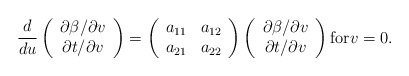
\begin{align*} \frac{d}{du}\left(\begin{array}{c} \partial\beta/\partial v\\ \partial t/\partial v \end{array}\right)=\left(\begin{array}{cc} a_{11} & a_{12}\\ a_{21} & a_{22}\end{array}\right)\left(\begin{array}{c} \partial\beta/\partial v\\ \partial t/\partial v\end{array}\right)\textrm{for} v=0.\end{align*}